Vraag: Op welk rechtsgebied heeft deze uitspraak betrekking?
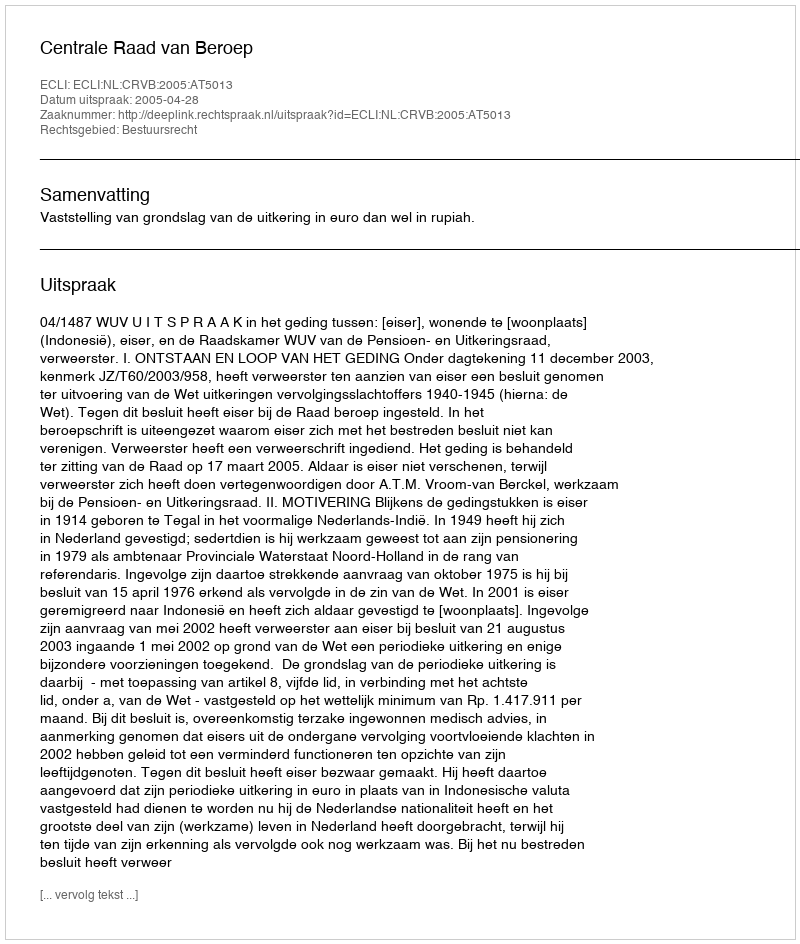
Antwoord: Bestuursrecht